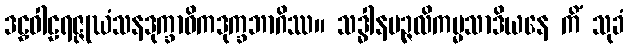
ဒဠှဝါဠရဇ္ဇုဃံသနဒုက္ခာဓိကဒုက္ခဘာဂိဿ။ သဒ္ဓါနမဉ္ဇလိကမ္မသာဒိယနေ ကိံ သုခံ